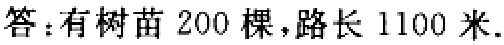
答：有树苗 200 棵，路长 1100 米.